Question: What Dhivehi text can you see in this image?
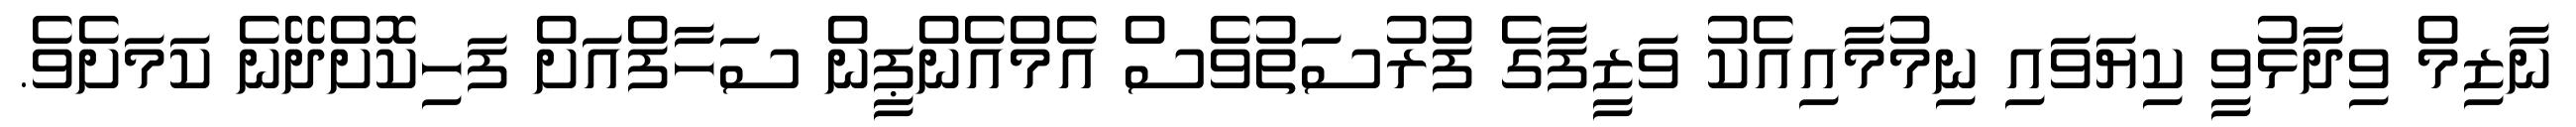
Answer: ނާޒިމް ވިދާޅުވީ ކިޔަވައި ނިމުމާއިއެކު ވަޒީފާގެ ފުރުސަތުވެސް އެމްއެންޕީން ސަހާފްއަށް ފަހިކޮށްދޭނެ ކަމަށެވެ.